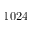
1 0 2 4